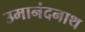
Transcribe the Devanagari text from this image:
उमानंदनाथ